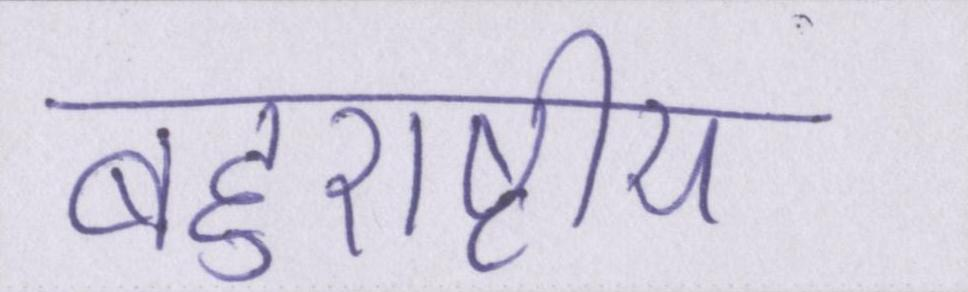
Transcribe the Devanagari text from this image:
बहुराष्ट्रीय